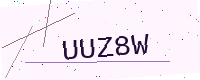
Text: UUZ8W